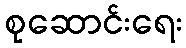
စုဆောင်းရေး